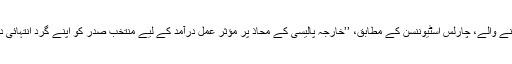
’جانز ہاپکنز یونیورسٹی اسکول آف ایڈوانسڈ انٹرنیشنل اسٹڈیز‘ سے تعلق رکھنے والے، چارلس اسٹیوننسن کے مطابق، ’’خارجہ پالیسی کے محاذ پر مؤثر عمل درآمد کے لیے منتخب صدر کو اپنے گرد انتہائی دانش مند حضرات تعینات کرنا ہوں گے، جو مناسب تجاویز پیش کر سکیں‘‘۔